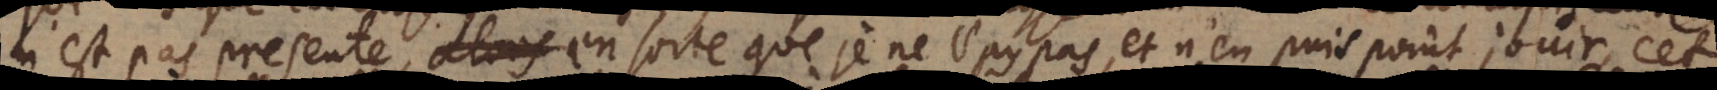
n’est pas presente, en sorte que je ne l’ay pas, et n’en puis point jouir, cet